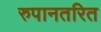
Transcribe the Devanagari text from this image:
रुपानतरित